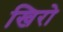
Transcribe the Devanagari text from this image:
खिरो